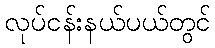
လုပ်ငန်းနယ်ပယ်တွင်